Annual administration and progress report of the Indian Medical Department, Bombay
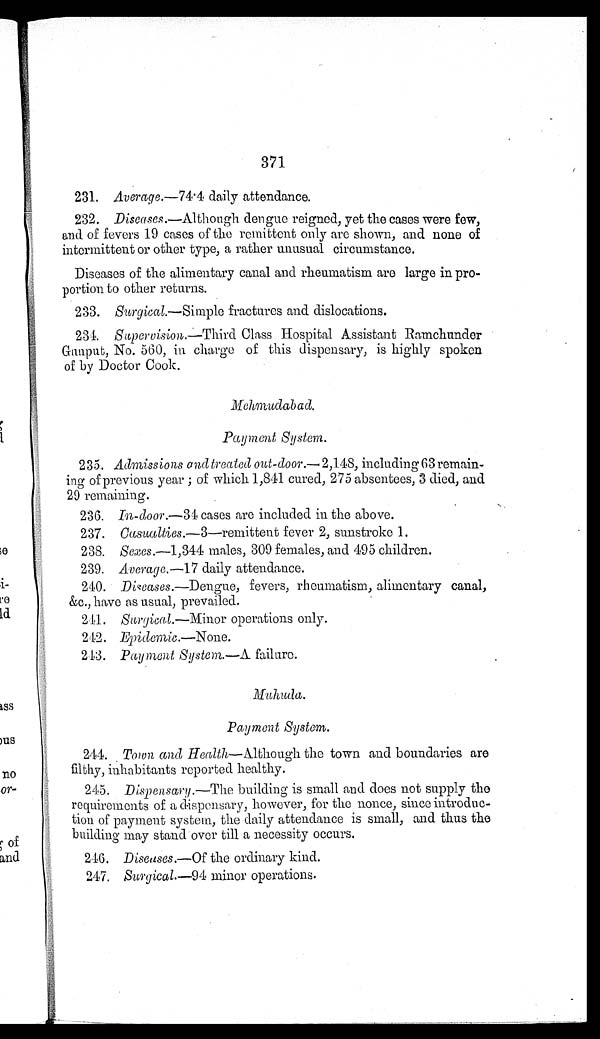
371
231.
Average. —74.4 daily attendance.
232.
Diseases. —Although dengue reigned, yet the cases were few,
and of fevers 19 cases of the remittent only are shown, and none of
intermittent or other type, a rather unusual circumstance.
Diseases of the alimentary canal and rheumatism are large in pro
-
portion to other returns.
233.
Surgical .—Simple fractures and dislocations.
234. Supervision. —Third Class Hospital Assistant Ramchunder
Gunput, No. 560, in charge of this dispensary, is highly spoken
of by Doctor Cook.
Mehmudabad.
Payment System.
235.
Admissions and treated out-door. —2,148, including 63 remain-
ing of previous year ; of which 1,841 cured, 275 absentees, 3 died, and
29 remaining.
236. In-door.- 34 cases are included in the above.
237.
Casualties .—3—remittent fever 2, sunstroke 1.
238.
Sexes.—1,344 males, 309 females, and 495 children.
239. Average. —17 daily attendance.
240.
Diseases. —Dengue, fevers, rheumatism, alimentary canal,
&c., have as usual, prevailed.
241. Surgical. —Minor operations only.
242. Epidemic. —None .
243. Payment Systent —A failure.
Muhuda.
Payment System.
244.
Town and Health,—Although the town and boundaries are
filthy, inhabitants reported healthy.
245. Dispensary. —The building is small and does not supply the
requirements of a dispensary, however, for the nonce, since introduc
-
tion of payment system, the daily attendance is small, and thus the
building may stand over till a necessity occurs.
246. Diseases. —Of the ordinary kind.
247. Surgical .—94 minor operations.